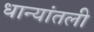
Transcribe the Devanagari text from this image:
धान्यांतली